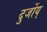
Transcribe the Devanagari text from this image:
दुर्जोय्